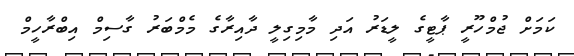
ކަމަށް ޖުމްހޫރީ ޕާޓީގެ ލީޑަރު އަދި މާމިގިލީ ދާއިރާގެ މެމްބަރު ގާސިމް އިބްރާހީމް